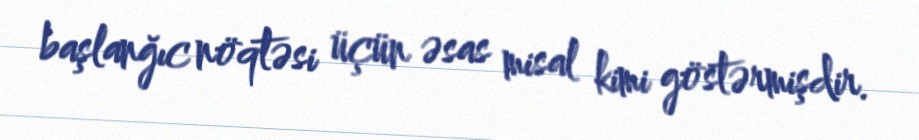
başlanğıc nöqtəsi üçün əsas misal kimi göstərmişdir.